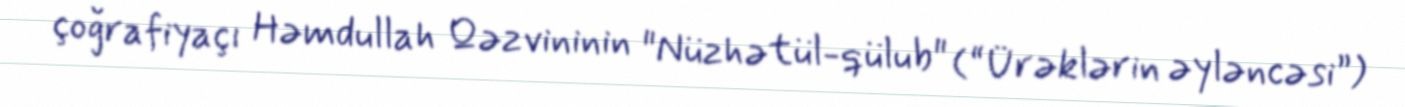
çoğrafiyaçı Həmdullah Qəzvininin "Nüzhətül-qülub" (“Ürəklərin əyləncəsi”)